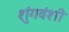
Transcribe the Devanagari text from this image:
शुंगवंशी